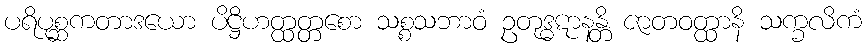
ပရိပုစ္ဆကတာဒယော ပိဋ္ဌိဟတ္ထတ္တစော သစ္စသဘာဝံ ဥတုဒ္ဓဋာနန္တိ ဇာတဝတ္ထာနိ သက္ခလိကံ